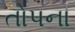
તોપના